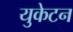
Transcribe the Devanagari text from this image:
युकेटन